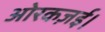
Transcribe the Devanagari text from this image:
ओरकज़ई।